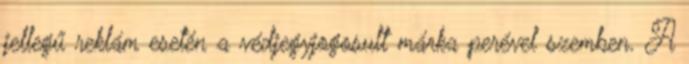
jellegű reklám esetén a védjegyjogosult márka perével szemben. A